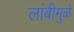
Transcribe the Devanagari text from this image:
लांबीमुळे